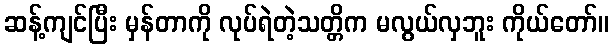
ဆန့်ကျင်ပြီး မှန်တာကို လုပ်ရဲတဲ့သတ္တိက မလွယ်လှဘူး ကိုယ်တော်။